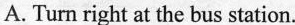
A. Turn right at the bus station.